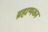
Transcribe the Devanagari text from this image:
ब्रह्मणका